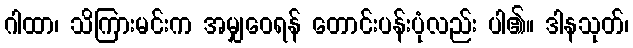
ဂါထာ၊ သိကြားမင်းက အမျှဝေရန် တောင်းပန်းပုံလည်း ပါ၏။ ဒါနသုတ်၊